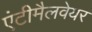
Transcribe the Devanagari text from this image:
एंटीमैलवेयर